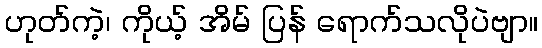
ဟုတ်ကဲ့၊ ကိုယ့် အိမ် ပြန် ရောက်သလိုပဲဗျာ။